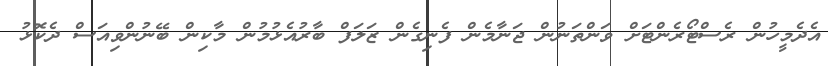
އެދެމީހުން ރެސްޓޯރެންޓަށް ވަންތަނުން ޖަނާމެން ފެނިގެން ޒަލަފް ބާރުއެޅުމުން މާކިން ބޭނުންވިއަސް ދެކޮޅު